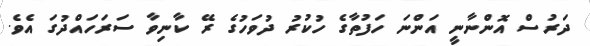
ދަރުސް އޮންނާނީ އަންނަ ހަފުތާގެ ހުކުރު ދުވަހުގެ ރޭ ކާނިވާ ސަރަހައްދުގަ އެވެ.